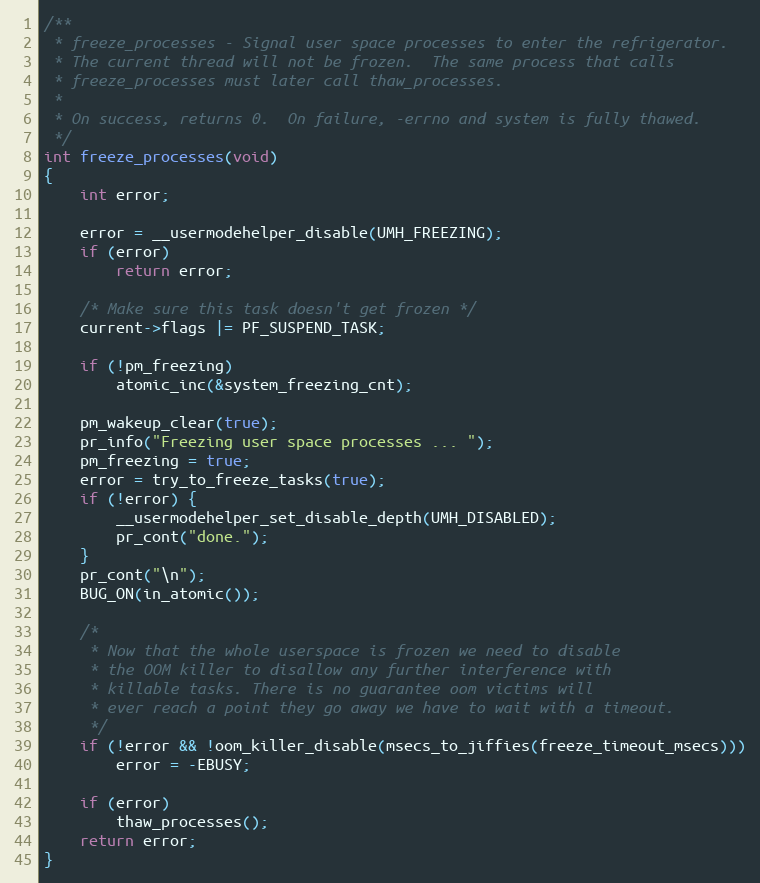
Language: C
/**
 * freeze_processes - Signal user space processes to enter the refrigerator.
 * The current thread will not be frozen.  The same process that calls
 * freeze_processes must later call thaw_processes.
 *
 * On success, returns 0.  On failure, -errno and system is fully thawed.
 */
int freeze_processes(void)
{
	int error;

	error = __usermodehelper_disable(UMH_FREEZING);
	if (error)
		return error;

	/* Make sure this task doesn't get frozen */
	current->flags |= PF_SUSPEND_TASK;

	if (!pm_freezing)
		atomic_inc(&system_freezing_cnt);

	pm_wakeup_clear(true);
	pr_info("Freezing user space processes ... ");
	pm_freezing = true;
	error = try_to_freeze_tasks(true);
	if (!error) {
		__usermodehelper_set_disable_depth(UMH_DISABLED);
		pr_cont("done.");
	}
	pr_cont("\n");
	BUG_ON(in_atomic());

	/*
	 * Now that the whole userspace is frozen we need to disable
	 * the OOM killer to disallow any further interference with
	 * killable tasks. There is no guarantee oom victims will
	 * ever reach a point they go away we have to wait with a timeout.
	 */
	if (!error && !oom_killer_disable(msecs_to_jiffies(freeze_timeout_msecs)))
		error = -EBUSY;

	if (error)
		thaw_processes();
	return error;
}